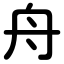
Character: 舟